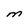
Character: M